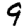
Digit: 9